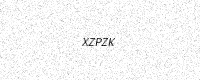
Text: XZPZK